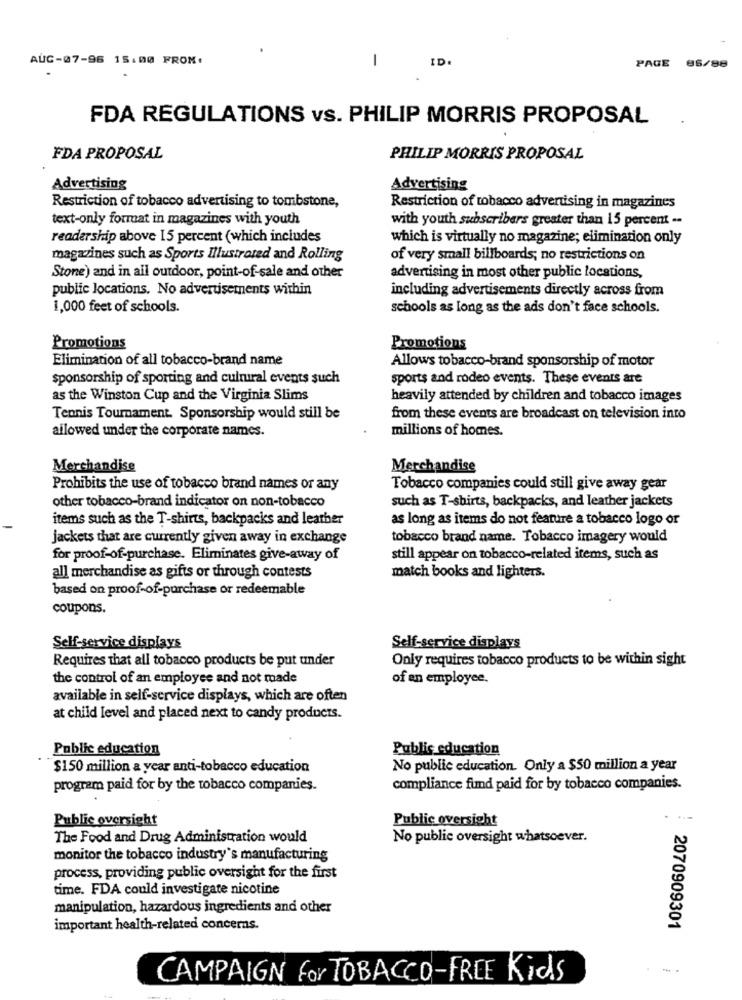
AUC-07-96 15:00 FROM:
1
ID.
PAGE 85/88
FDA REGULATIONS vs. PHILIP MORRIS PROPOSAL
FDA PROPOSAL
PHILIP MORRIS PROPOSAL
Advertising
Advertising
Restriction of tobacco advertising to tombstone,
Restriction of tobacco advertising in magazines
text-only format in magazines with youth
with youth subscribers greater than 15 percent --
readership above 15 percent (which includes
which is virtually no magazine; elimination only
magazines such as Sports Illustrated and Rolling
of very small billboards; no restrictions on
Stone) and in ail outdoor, point-of-sale and other
advertising in most other public locations,
public locations. No advertisements within
including advertisements directly across from
1,000 feet of schools.
schools as long as the ads don't face schools.
Promotions
Promotions
Elimination of all tobacco-brand name
Allows tobacco-brand sponsorship of motor
sponsorship of sporting and cultural events such
sports and rodeo events. These events are
as the Winston Cup and the Virginia Slims
heavily attended by children and tobacco images
Tennis Tournament. Sponsorship would still be
from these events are broadcast on television into
allowed under the corporate names.
millions of homes.
Merchandise
Merchandise
Prohibits the use of tobacco brand names or any
Tobacco companies could still give away gear
other tobacco-brand indicator on non-tobacco
such as T-shirts, backpacks, and leather jackets
items such as the T-shirts, backpacks and leather
as long as items do not feature a tobacco logo or
jackets that are currently given away in exchange
tobacco brand name. Tobacco imagery would
for proof-of-purchase. Eliminates give-away of
still appear on tobacco-related items, such as
all merchandise as gifts or through contests
match books and lighters.
based on proof-of-purchase or redeemable
coupons.
Self-service displays
Self-service displays
Requires that all tobacco products be put under
Only requires tobacco products to be within sight
the control of an employee and not made
of an employee.
available in self-service displays, which are often
at child level and placed next to candy products.
Public education
Public education
$150 million a year anti-tobacco education
No public education. Only a $50 million a year
program paid for by the tobacco companies.
compliance fund paid for by tobacco companies.
Public oversight
Public oversight
....
The Food and Drug Administration would
No public oversight whatsoever.
monitor the tobacco industry's manufacturing
process, providing public oversight for the first
time. FDA could investigate nicotine
manipulation, hazardous ingredients and other
important health-related concerns.
2070909301
CAMPAIGN for TOBACCO-FREE Kids